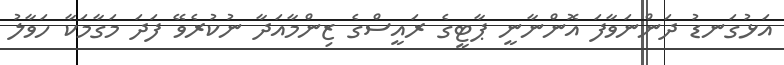
އަޅުގަނޑު ދަންނަވާފަ އޮންނާނީ ޕާޓީގެ ރައީސްގެ ޒިންމާއަދާ ނުކުރެވޭ ފަދަ މަގާމަކާ ހަވާލު